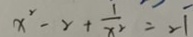
x ^ { 2 } - 2 + \frac { 1 } { x ^ { 2 } } = 2